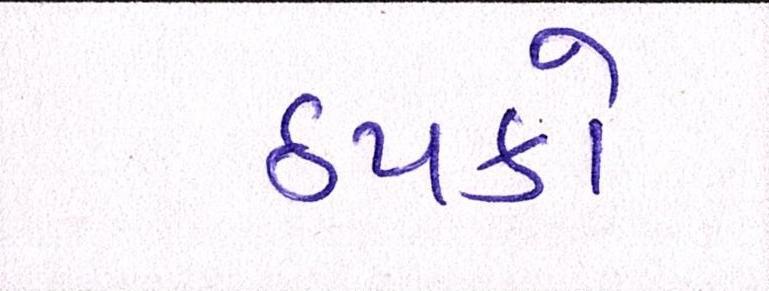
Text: ઠપકો